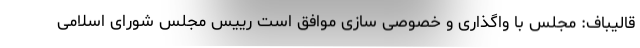
قالیباف: مجلس با واگذاری و خصوصی سازی موافق است رییس مجلس شورای اسلامی